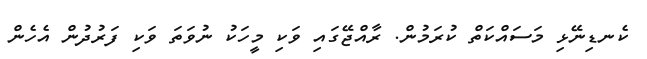
ކެނޑިނޭޅި މަސައްކަތް ކުރަމުން. ރާއްޖޭގައި ވަކި މީހަކު ނުވަތަ ވަކި ފަރުދުން އެހެން